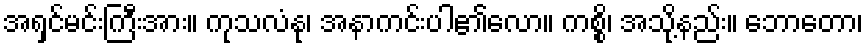
အရှင်မင်းကြီးအား။ ကုသလံနု၊ အနာကင်းပါ၏လော။ ကစ္စိ၊ အသို့နည်း။ ဘောတော၊